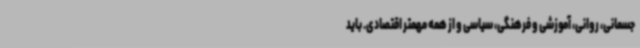
جسمانی، روانی، آموزشی و فرهنگی، سیاسی و از همه مهمتر اقتصادی. باید